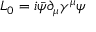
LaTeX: { \cal L } _ { 0 } = i \bar { \psi } \partial _ { \mu } \gamma ^ { \mu } \psi